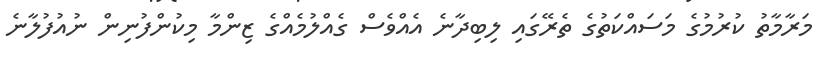
މަރާމާތު ކުރުމުގެ މަސައްކަތުގެ ތެރޭގައި ލިބިދާނެ އެއްވެސް ގެއްލުމެއްގެ ޒިންމާ މިކުންފުނިން ނުއުފުލާނެ